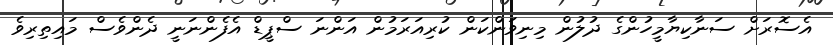
އެސޮރަށް ސަނާކިޔާމީހުންގެ ދުލުން މިނިވަންކަން ކުރިއަރަމުން އަންނަ ސްޕީޑް އެފެންނަނީ ދެންވެސް މައިތިރިވެ